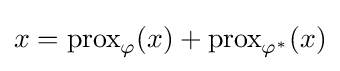
x=\operatorname {prox} _{\varphi }(x)+\operatorname {prox} _{\varphi ^{*}}(x)